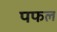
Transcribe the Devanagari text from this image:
पफल